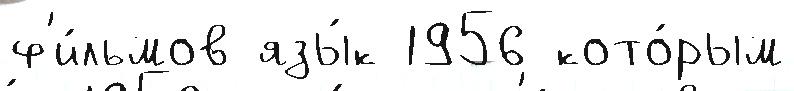
ф'и́льмов язы́к 1956 кото́рым